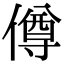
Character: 僔